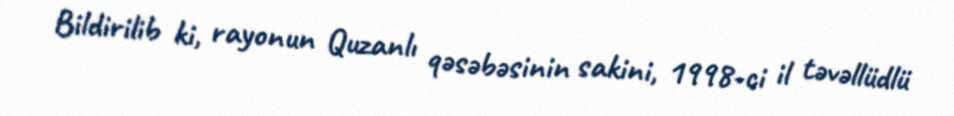
Bildirilib ki, rayonun Quzanlı qəsəbəsinin sakini, 1998-ci il təvəllüdlü